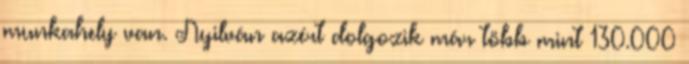
munkahely van. Nyilván azért dolgozik már több mint 130.000